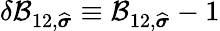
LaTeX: \delta\mathcal{B}_{12,\widehat{\boldsymbol{\sigma}}}\equiv\mathcal{B}_{12,\widehat{\boldsymbol{\sigma}}}-1